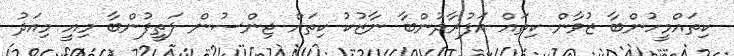
ކިތައްމީހުންބާ ޒުވާން ކިތައް އަފުރާދުންބާ ނާޒުކު ކިތައް ޖިންސުން ލަތީފުންބާ މިއީ މިއަދު